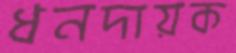
ধনদায়ক